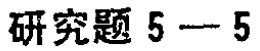
研究题 5—5